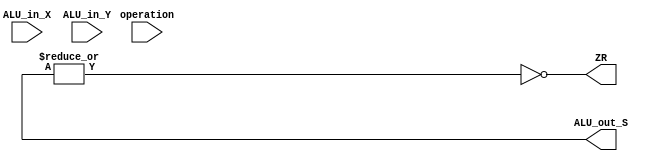
module Alu (
    input wire [3:0] operation,
    input wire [31:0] ALU_in_X,
    input wire [31:0] ALU_in_Y,
    output reg [31:0] ALU_out_S,
    output wire ZR
);

localparam AND           = 4'b0000;
localparam OR            = 4'b0001;
localparam SUM           = 4'b0010;
localparam SUB           = 4'b0110;

assign ZR = ~( |ALU_out_S );


    
endmodule